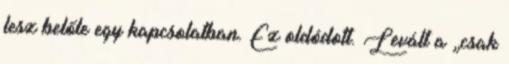
lesz belőle egy kapcsolatban. Ez oldódott. Levált a „csak